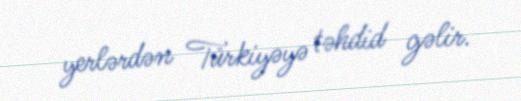
yerlərdən Türkiyəyə təhdid gəlir.